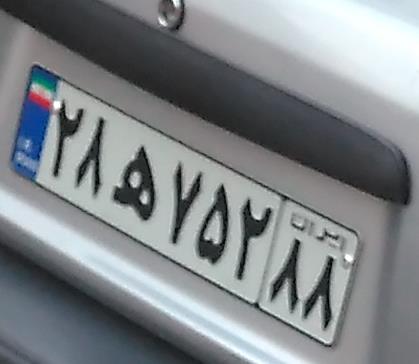
۲۸ه۷۵۲۸۸